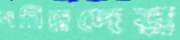
দরিদ্রদের